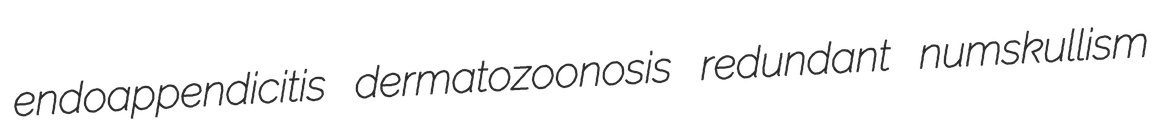
endoappendicitis dermatozoonosis redundant numskullism